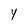
Character: y